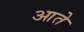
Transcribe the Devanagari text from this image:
आते